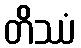
တိဿံ